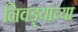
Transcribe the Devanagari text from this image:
निवड्यांच्या